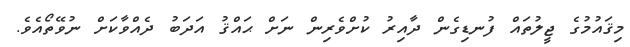
މިޤައުމުގެ ޖީލުތައް ފުނޑިގެން ދާއިރު ކުށްވެރިން ނަށް ޙައްޤު އަދަބު ދެއްވާކަށް ނުވޭތޯއެވެ.